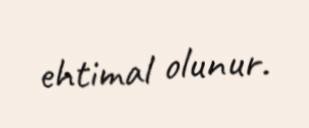
ehtimal olunur.